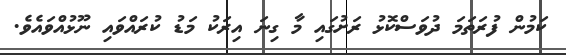
ކަމުން ފުރަތަމަ ދުވަސްކޮޅު ރަށުގައި މާ ގިނަ އިރަކު މަޑު ކުރައްވައި ނޫޅުއްވައެވެ.